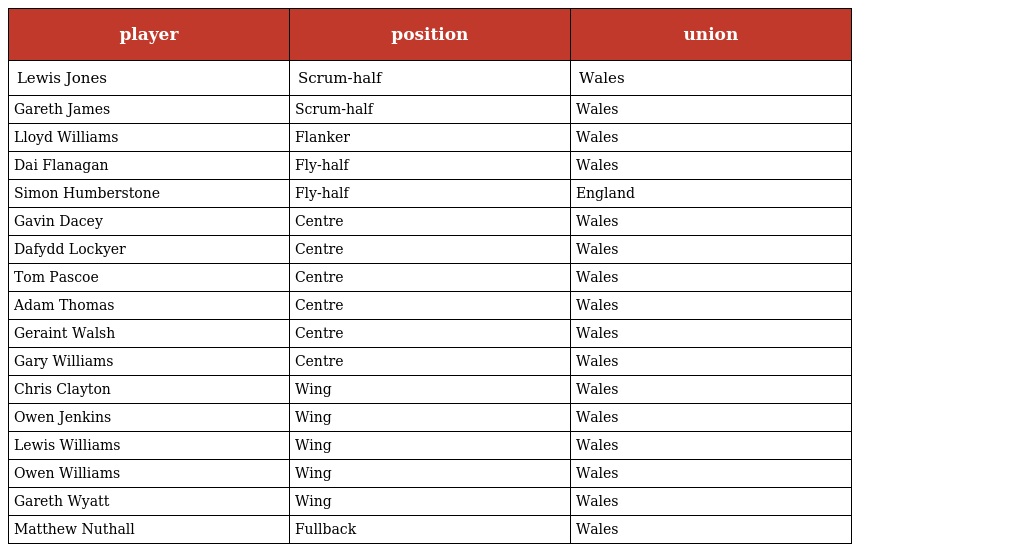
| player | position | union |
 | --- | --- | --- |
 | Lewis Jones | Scrum-half | Wales |
 | Gareth James | Scrum-half | Wales |
 | Lloyd Williams | Flanker | Wales |
 | Dai Flanagan | Fly-half | Wales |
 | Simon Humberstone | Fly-half | England |
 | Gavin Dacey | Centre | Wales |
 | Dafydd Lockyer | Centre | Wales |
 | Tom Pascoe | Centre | Wales |
 | Adam Thomas | Centre | Wales |
 | Geraint Walsh | Centre | Wales |
 | Gary Williams | Centre | Wales |
 | Chris Clayton | Wing | Wales |
 | Owen Jenkins | Wing | Wales |
 | Lewis Williams | Wing | Wales |
 | Owen Williams | Wing | Wales |
 | Gareth Wyatt | Wing | Wales |
 | Matthew Nuthall | Fullback | Wales |